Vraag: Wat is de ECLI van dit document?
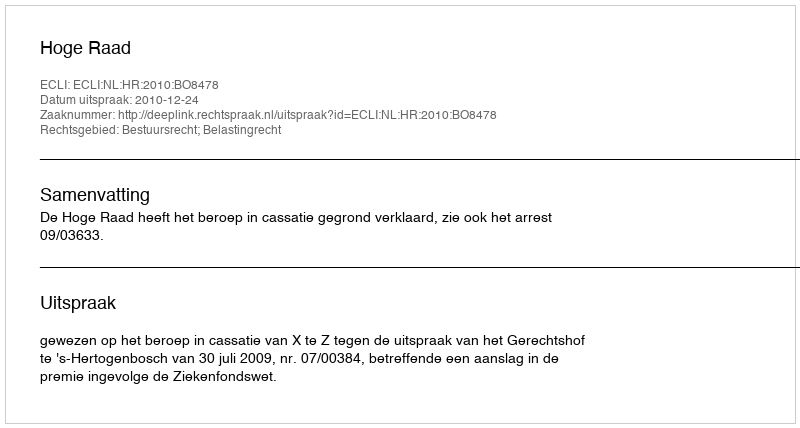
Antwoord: ECLI:NL:HR:2010:BO8478